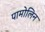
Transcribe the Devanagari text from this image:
पामोलिन